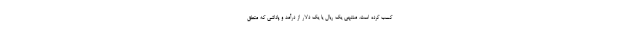
کسب کرده است. منتهی یک ریال یا یک دلار از درآمد و پاداشی که متعلق